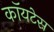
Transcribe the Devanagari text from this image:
कॉयटेस